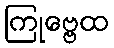
ကြုဗ္ဗေထ